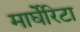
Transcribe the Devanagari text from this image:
मार्घेरिटा